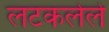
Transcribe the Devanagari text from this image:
लटकलेले